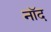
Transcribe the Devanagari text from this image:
नॉद